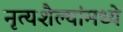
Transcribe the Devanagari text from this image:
नृत्यशैल्यांमध्ये